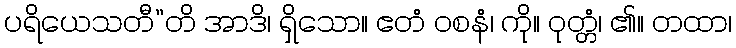
ပရိယေသတီ”တိ အာဒိ၊ ရှိသော။ ဧတံ ဝစနံ၊ ကို။ ဝုတ္တံ၊ ၏။ တထာ၊